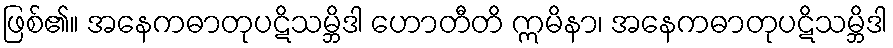
ဖြစ်၏။ အနေကဓာတုပဋိသမ္ဘိဒါ ဟောတီတိ ဣမိနာ၊ အနေကဓာတုပဋိသမ္ဘိဒါ